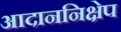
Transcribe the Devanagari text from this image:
आदाननिक्षेप